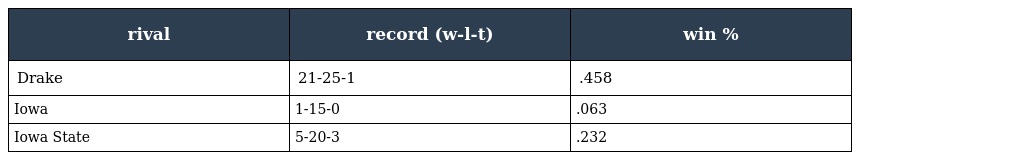
| rival | record (w-l-t) | win % |
 | --- | --- | --- |
 | Drake | 21-25-1 | .458 |
 | Iowa | 1-15-0 | .063 |
 | Iowa State | 5-20-3 | .232 |